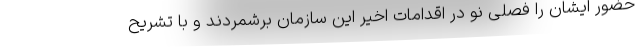
حضور ایشان را فصلی نو در اقدامات اخیر این سازمان برشمردند و با تشریح